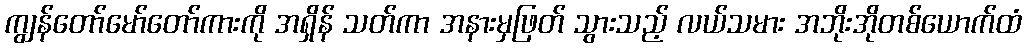
ကျွန်တော်မော်တော်ကားကို အရှိန် သတ်ကာ အနားမှဖြတ် သွားသည့် လယ်သမား အဘိုးအိုတစ်ယောက်ထံ